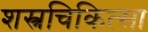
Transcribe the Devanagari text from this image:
शस्त्रचिकित्सा